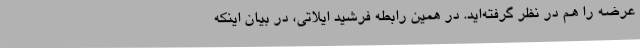
عرضه را هم در نظر گرفته‌اید. در همین رابطه فرشید ایلاتی، در بیان اینکه